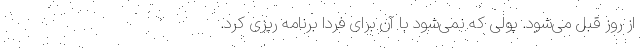
از روز قبل می‌شود. پولی که نمی‌شود با آن برای فردا برنامه ریزی کرد.